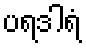
ပရဒါရံ